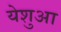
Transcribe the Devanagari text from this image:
येशुआ